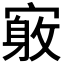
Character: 𪧤